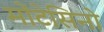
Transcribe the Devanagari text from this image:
मोंटेसिनो